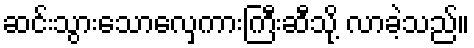
ဆင်းသွားသောလှေကားကြီးဆီသို့ လာခဲ့သည်။